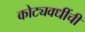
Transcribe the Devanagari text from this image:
कोट्यवधींची